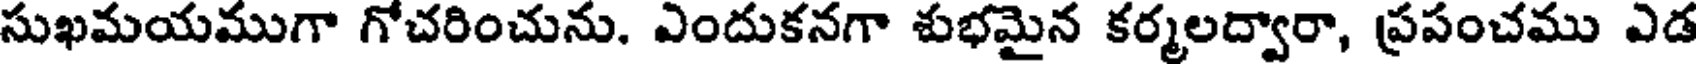
సుఖమయముగా గోచరించును. ఎందుకనగా శుభమైన కర్మలద్వారా, ప్రపంచము ఎడ